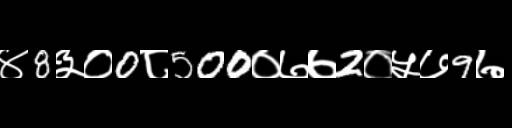
Text: ४8३०0८500०७७2०५७9७